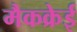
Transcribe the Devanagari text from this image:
मैकक्रेई